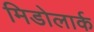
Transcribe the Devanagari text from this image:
मिडोलार्क